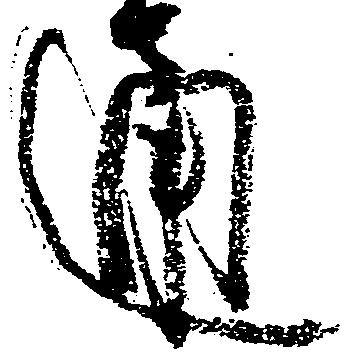
通